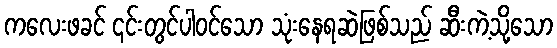
ကလေးဖခင် ၎င်းတွင်ပါဝင်သော သုံးနေရဆဲဖြစ်သည် ဆီးကဲ့သို့သော